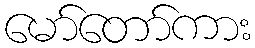
မော်တော်ကား